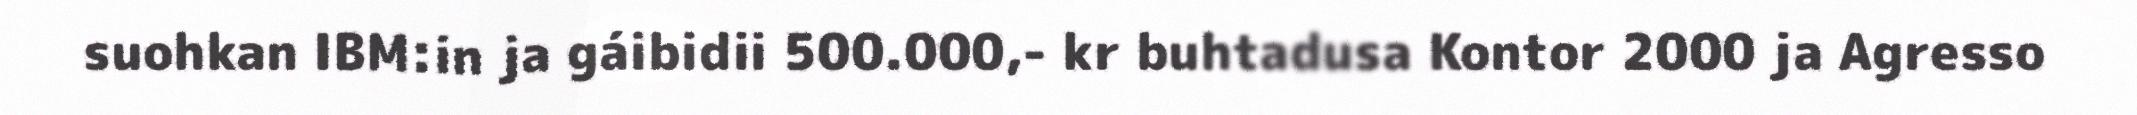
suohkan IBM:in ja gáibidii 500.000,- kr buhtadusa Kontor 2000 ja Agresso